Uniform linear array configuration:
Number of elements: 64
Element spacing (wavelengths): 0.75
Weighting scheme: hann
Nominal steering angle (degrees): -15
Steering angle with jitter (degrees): -15.265
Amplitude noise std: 0.05
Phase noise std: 0.05

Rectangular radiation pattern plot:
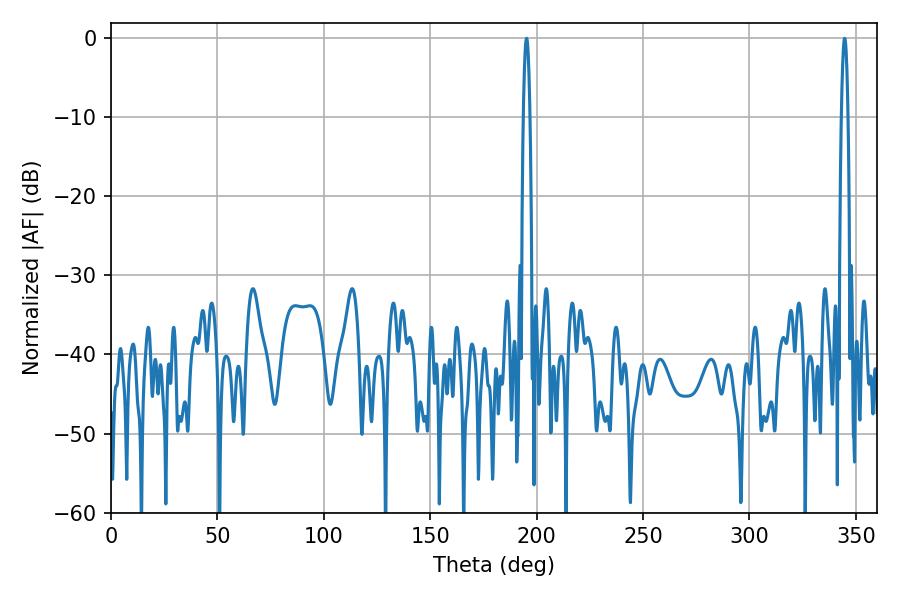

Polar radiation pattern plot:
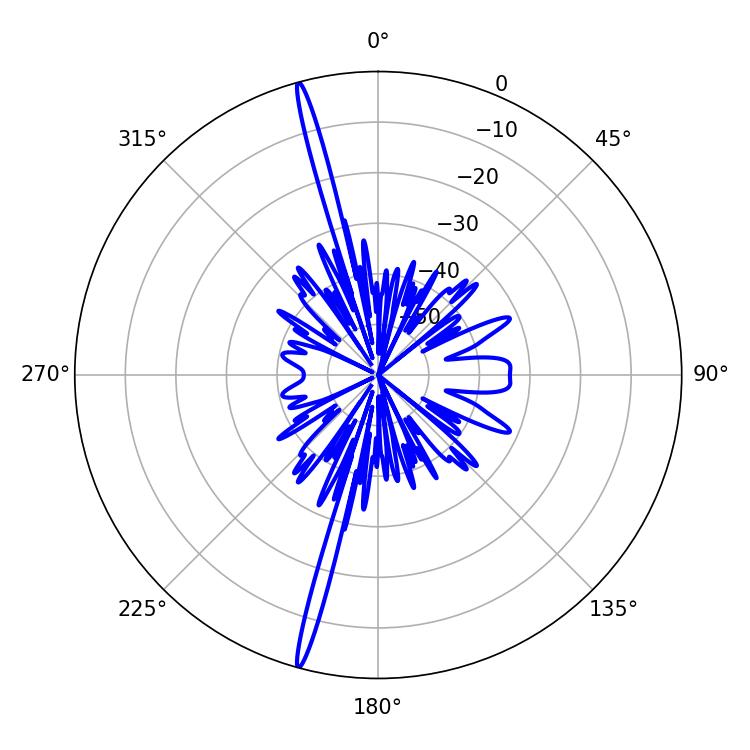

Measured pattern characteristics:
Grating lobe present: TRUE
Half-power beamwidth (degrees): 1.62
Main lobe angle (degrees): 344.7